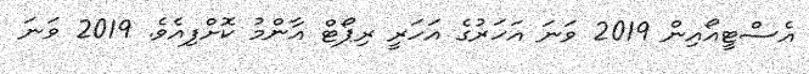
އެސްޓީއޯއިން 2019 ވަނަ އަހަރުގެ އަހަރީ ރިޕޯޓް އާންމު ކޮށްފިއެވެ. 2019 ވަނަ